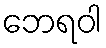
ဘေရဝါ